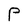
Character: P